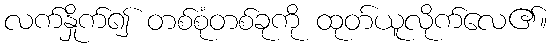
လက်နှိုက်၍ တစ်စုံတစ်ခုကို ထုတ်ယူလိုက်လေ၏။